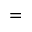
=